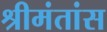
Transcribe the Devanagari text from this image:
श्रीमंतांस